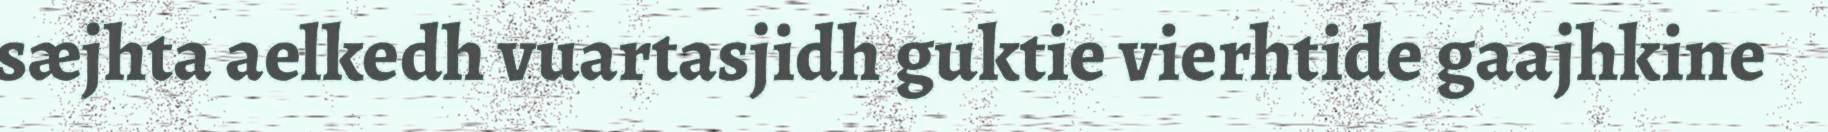
sæjhta aelkedh vuartasjidh guktie vierhtide gaajhkine